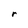
Character: r